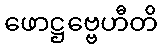
ဖောဋ္ဌဗ္ဗေဟီတိ